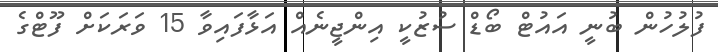
ފުލުހުން ބުނީ އައުޓް ބޯޑް ސުޒުކީ އިންޖީނެއް އަޅާފައިވާ 15 ވަރަކަށް ފޫޓްގެ